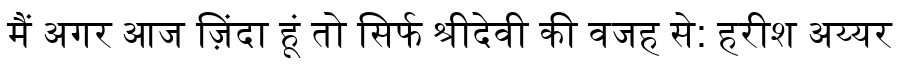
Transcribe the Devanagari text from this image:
मैं अगर आज ज़िंदा हूं तो सिर्फ श्रीदेवी की वजह से: हरीश अय्यर